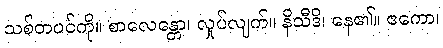
သစ်တပင်ကို။ စာလေန္တော၊ လှုပ်လျက်။ နိသီဒိ၊ နေ၏။ ဧကော၊